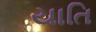
યાતિ